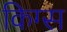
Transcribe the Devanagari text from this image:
किग्स